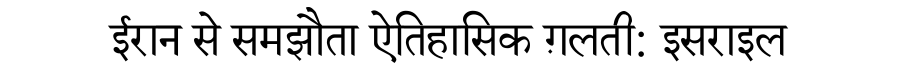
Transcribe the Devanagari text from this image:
ईरान से समझौता ऐतिहासिक ग़लती: इसराइल